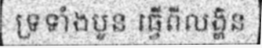
ទ្រទាំងបួន ធ្វើពីលង្ហិន